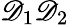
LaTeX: \mathscr{D}_{1}\mathscr{D}_{2}